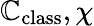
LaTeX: \mathbb{C}_{\mathrm{class}},\chi